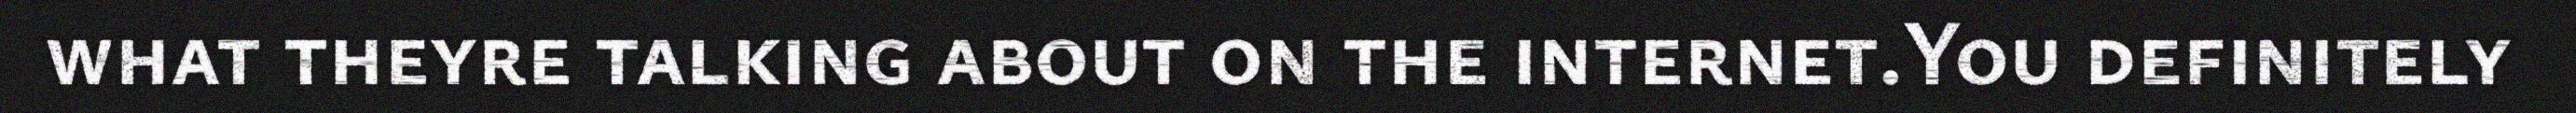
what theyre talking about on the internet.You definitely